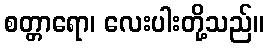
စတ္တာရော၊ လေးပါးတို့သည်။